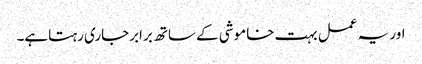
اور یہ عمل بہت خاموشی کے ساتھ برابرجاری رہتاہے۔